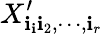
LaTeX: X_{\mathbf{i}_{\mathbf{i}}\mathbf{i}_{2},\cdots,\mathbf{i}_{r}}^{\prime}